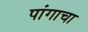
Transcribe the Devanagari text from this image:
पांगाचा